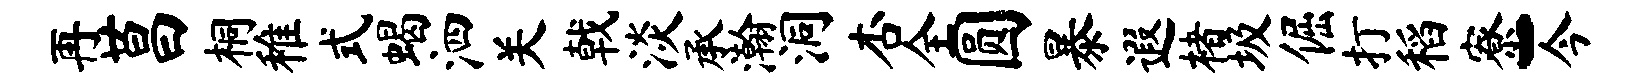
再莒桐稚式蝎泗关戟淡承瀚洞杏全圆暴遐楮圾倔打稻寮-今